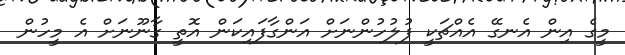
މީގެ އިން އެނގޭ އެއްޗަކީ ފުލުހުންނަށް އަންގާފައިކަން އޮތީ ގާނޫނަށް އެ މީހުން